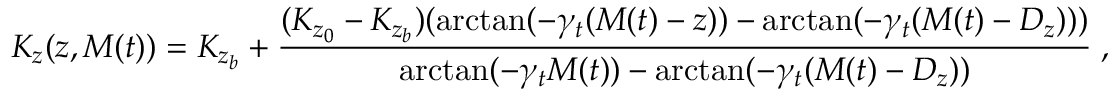
K _ { z } ( z , M ( t ) ) = K _ { z _ { b } } + \frac { ( K _ { z _ { 0 } } - K _ { z _ { b } } ) ( \arctan ( - \gamma _ { t } ( M ( t ) - z ) ) - \arctan ( - \gamma _ { t } ( M ( t ) - D _ { z } ) ) ) } { \arctan ( - \gamma _ { t } M ( t ) ) - \arctan ( - \gamma _ { t } ( M ( t ) - D _ { z } ) ) } \; ,